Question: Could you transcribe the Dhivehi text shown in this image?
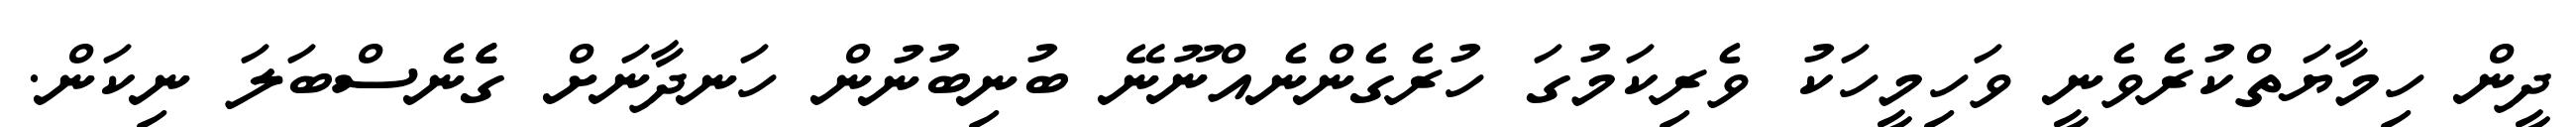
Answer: ދީން ހިމާޔަތްކުރެވެނީ ވަހިމީހަކު ވެރިކަމުގަ ހުރެގެންނެއްނޫނޭ ބުނިބުނުން ހަނދާނަށް ގެެެނެސްބަލަ ނިކަން.